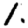
Digit: 1